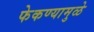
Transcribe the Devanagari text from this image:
फेकण्यामुळे